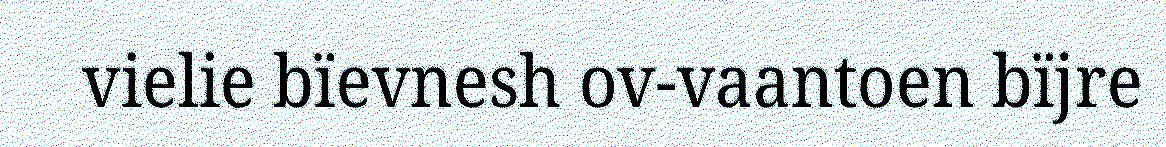
vielie bïevnesh ov-vaantoen bïjre